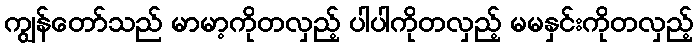
ကျွန်တော်သည် မာမာ့ကိုတလှည့် ပါပါကိုတလှည့် မမနှင်းကိုတလှည့်